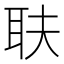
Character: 𦔾